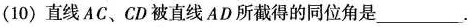
(10)直线AC、CD被直线AD所截得的同位角是___.